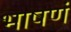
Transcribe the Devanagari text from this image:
भाषणं